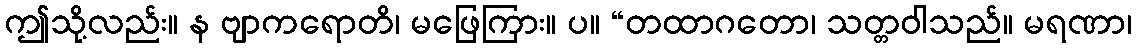
ဤသို့လည်း။ န ဗျာကရောတိ၊ မဖြေကြား။ ပ။ “တထာဂတော၊ သတ္တဝါသည်။ မရဏာ၊